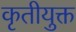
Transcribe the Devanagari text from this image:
कृतीयुक्त